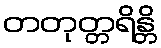
တတုတ္တရိန္တိ